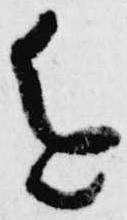
進